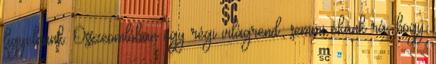
figyelnünk. Összeomlóban egy régi világrend; semmi okunk rá, hogy